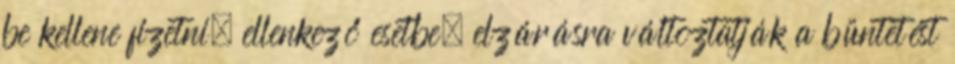
be kellene fizetni, ellenkező esetbe, elzárásra változtatják a büntetést